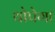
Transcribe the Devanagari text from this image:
थोपेगा